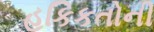
હકિકતોની